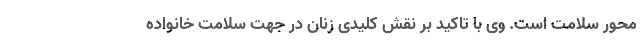
محور سلامت است. وی با تاکید بر نقش کلیدی زنان در جهت سلامت خانواده